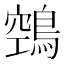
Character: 鵼